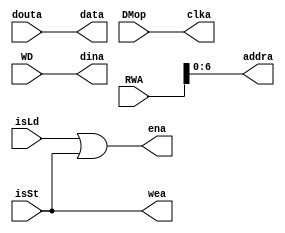
`timescale 1s/1ms
module MAUnit(
            //For Module
          data, 
		  DMop, RWA, WD, isLd, isSt,
		  //For Data Memory Interface
		  clka, ena, wea, addra, dina,
		  douta
		  );
   //Module Specific
   input[31:0]  WD;
   input [31 : 0] RWA;
   input 	isLd, isSt, DMop;
   output wire  [31:0] data;
   
   //To be sent to Data Memory
   output clka, ena, wea;
   output [6 : 0] addra;
   output [31 : 0] dina;
   input [31 : 0] douta;
   
   // Data Memory Ports Assignments
   assign clka = DMop;      //Data Memory Reads or Writes on positive edge of DMop. Controlled by SyncController.
   assign ena = isLd | isSt;    //Dama Memory is to be used when the Instruction is Load or Store.
   assign wea = isSt;   //Writes to Data Memory only on Store instruction
   assign addra = RWA;  //Address to be accessed is RWA(Read/Write Address) 
   assign dina = WD;    //WD (Write Data) is the data that needs to be written into the memory in case of Store.
   assign data = douta; //Output of Memory Access Unit is the data of Data Memory when Read.

endmodule //